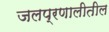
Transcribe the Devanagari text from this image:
जलप्रणालीतील